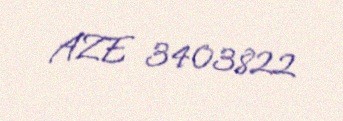
AZE 3403822